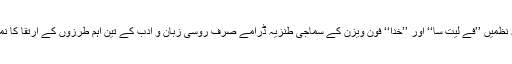
لومونوسف کی نثر و نظم، رادیش چیف کا سفرنامہ ’’پیترسیورگ تاماسکو‘‘ درژادیں کی نیم فلسفیانہ نظمیں ’’فے لیت سا‘‘ اور ’’خدا‘‘ فون ویزن کے سماجی طنزیہ ڈرامے صرف روسی زبان و ادب کے تین اہم طرزوں کے ارتقا کا نمونہ ہی نہیں ہیں بلکہ اس دور کے سماجی مسائل احتجاج اور مباحثوں کی بھی ترجمانی کرتے ہیں۔